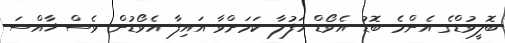
ބޮލީވުޑްގެ އެންމެ ބޮޑު އެވޯޑް ހަފުލާ ކަމަށްވާ އައިފާ އެވޯޑުން ވެސް ޚާއްސަ